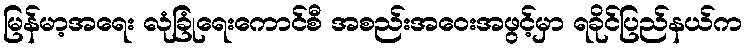
မြန်မာ့အရေး လုံခြုံရေးကောင်စီ အစည်းအဝေးအဖွင့်မှာ ရခိုင်ပြည်နယ်က